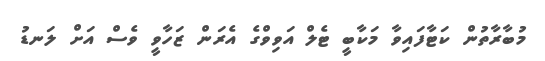
މުބާރާތުން ކަޓާފައިވާ މަކާބީ ޓެލް އަވިވްގެ އެރަން ޒަހާވީ ވެސް އަށް ލަނޑު